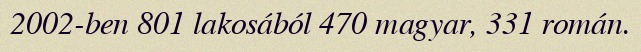
2002-ben 801 lakosából 470 magyar, 331 román.